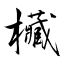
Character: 欌